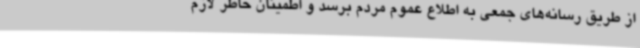
از طریق رسانه‌های جمعی به اطلاع عموم مردم برسد و اطمینان خاطر لازم